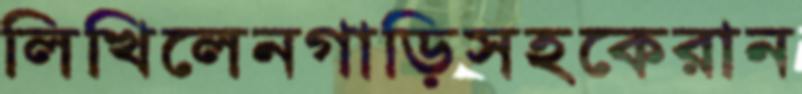
লিখিলেনগাড়িসহকেরান